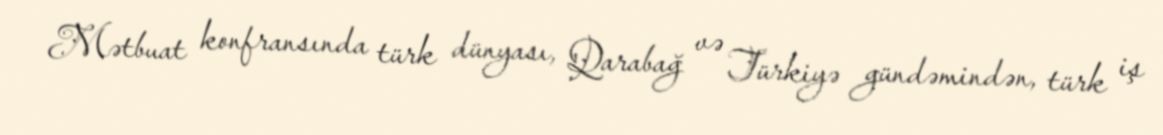
Mətbuat konfransında türk dünyası, Qarabağ və Türkiyə gündəmindən, türk iş